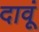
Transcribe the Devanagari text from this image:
दावूं